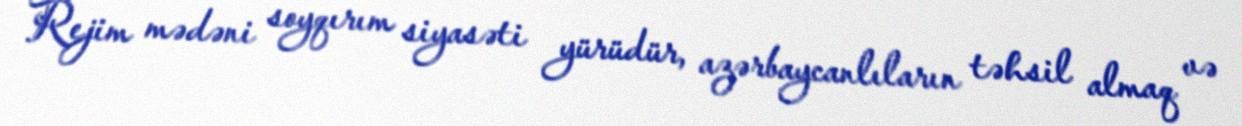
Rejim mədəni soyqırım siyasəti yürüdür, azərbaycanlıların təhsil almaq və